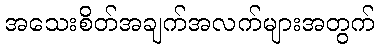
အသေးစိတ်အချက်အလက်များအတွက်